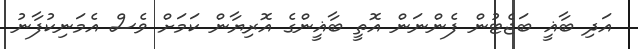
އަދި ބާޣީ ބަޖެޓުން ފެންނަން އޮތީ ބާޣީންގެ އޮރިޔާން ކަމަށް ވެސް އެމަނިކުފާނު